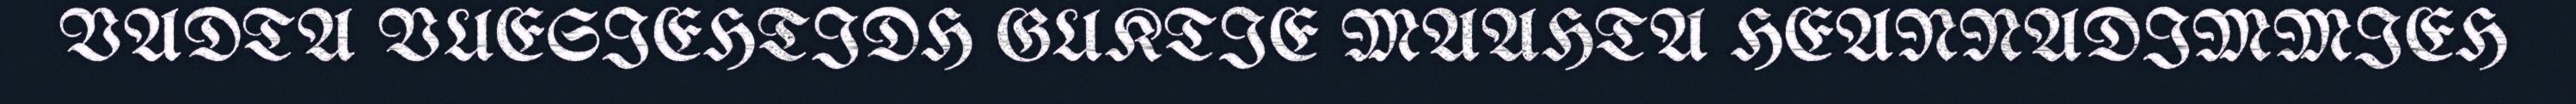
VADTA VUESIEHTIDH GUKTIE MAAHTA HEANNADIMMIEH